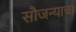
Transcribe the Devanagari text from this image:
सौजन्याचा